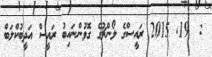
:  19